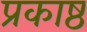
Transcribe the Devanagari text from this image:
प्रकाष्ठ